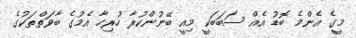
މީގެ އެންމެ ބޮޑު އެއް ސަބަބަކީ މިއީ ބޭނުންކުރާ ހުރިހާ އެމުގެ ބާވަތްތަކުގެ